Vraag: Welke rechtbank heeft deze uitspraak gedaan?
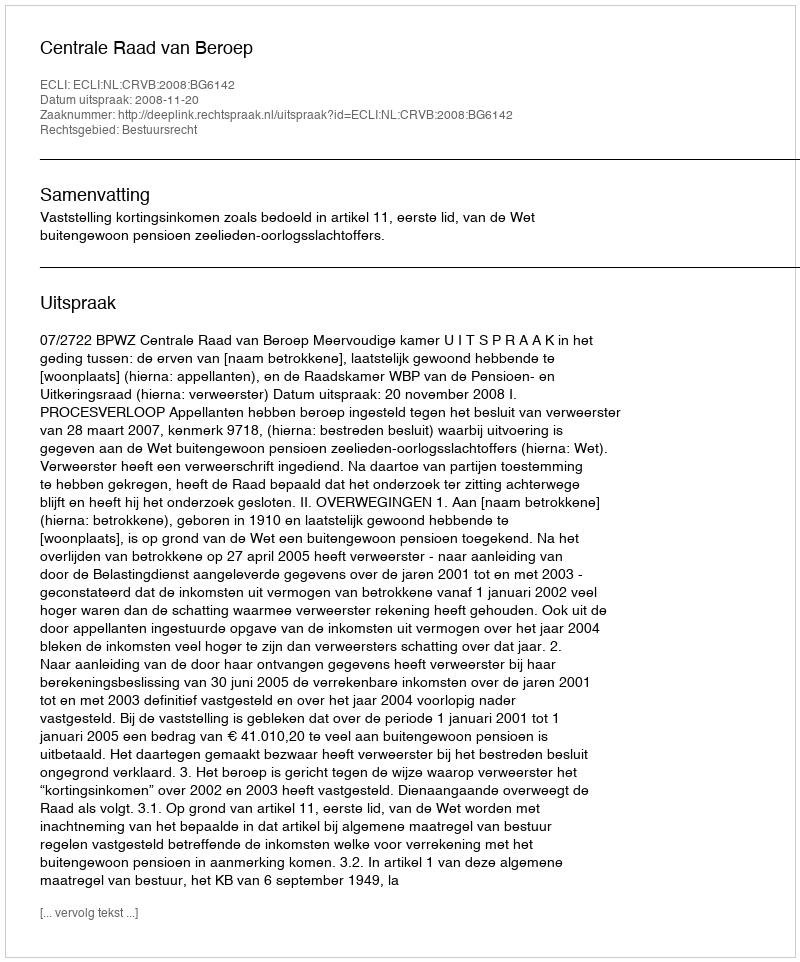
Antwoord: Centrale Raad van Beroep